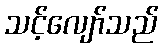
သင့်လျော်သည်